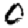
Digit: 0